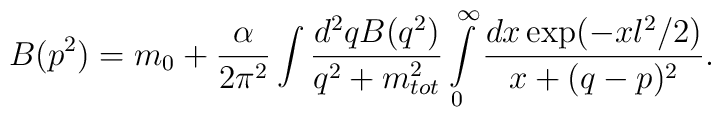
B(p^2)=m_0+\frac{\alpha}{2\pi^2}\int\frac{d^2q B(q^2)} {q^2+m_{tot}^2}\int\limits_{0}^{\infty}\frac{dx \exp(-xl^2/2)}{x+( q- p)^2}.